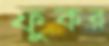
ফুকর